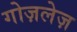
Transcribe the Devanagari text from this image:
गोज़लेज़